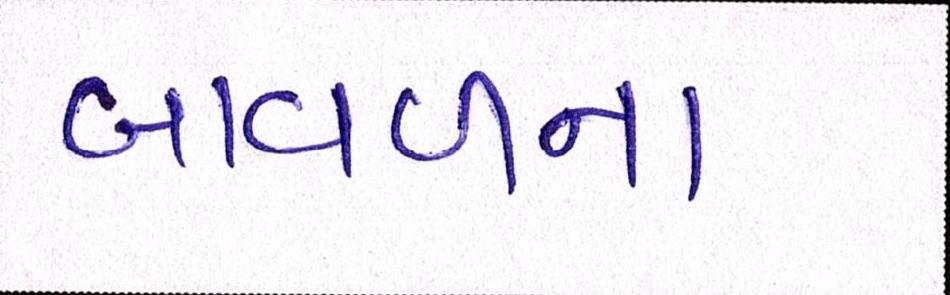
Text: બાવળના